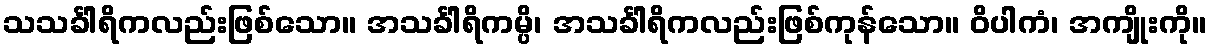
သသင်္ခါရိကလည်းဖြစ်သော။ အသင်္ခါရိကမ္ပိ၊ အသင်္ခါရိကလည်းဖြစ်ကုန်သော။ ဝိပါကံ၊ အကျိုးကို။